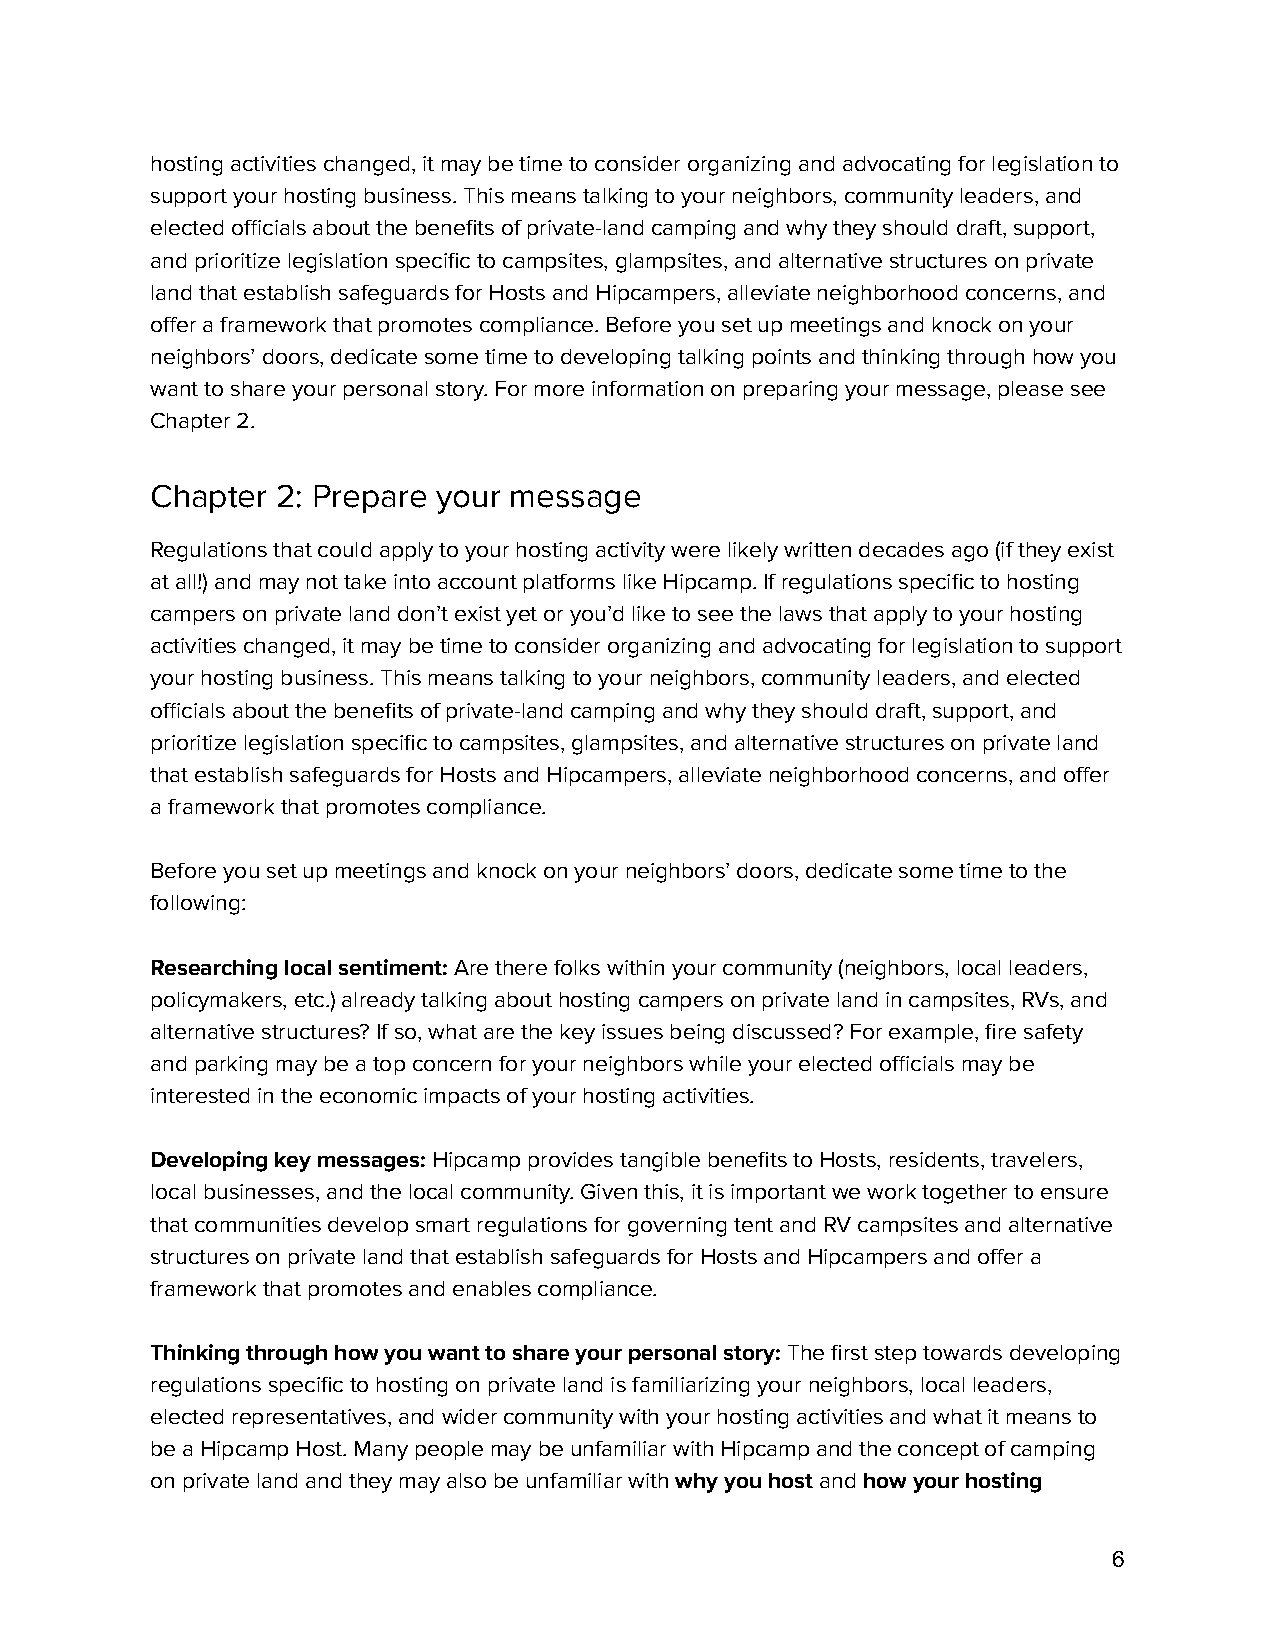
hosting activities changed, it may be time to consider organizing and advocating for legislation to
 support your hosting business. This means talking to your neighbors, community leaders, and
 elected officials about the benefits of private-land camping and why they should draft, support,
 and prioritize legislation specific tocampsites,glampsites, and alternative structures on private
 land that establish safeguards for Hosts and Hipcampers, alleviate neighborhood concerns, and
 offer a framework that promotes compliance.Beforeyou set up meetings and knock on your
 neighbors’ doors, dedicate some time to developing talking points and thinking through how you
 want to share your personal story. For more information on preparing your message, please see
 Chapter 2.
 Chapter 2: Prepare your message
 Regulations that could apply to your hosting activity were likely written decades ago (if they exist
 at all!) and may not take into account platforms like Hipcamp.If regulations specific to hosting
 campers on private land don’t exist yet or you’d like to see the laws that apply to your hosting
 activities changed, it may be time to consider organizing and advocating for legislation to support
 your hosting business. This means talking to your neighbors, community leaders, and elected
 officials about the benefits of private-land camping and why they should draft, support, and
 prioritize legislation specific tocampsites, glampsites,and alternative structures on private land
 that establish safeguards for Hosts and Hipcampers, alleviate neighborhood concerns, and offer
 a framework that promotes compliance.
 Before you set up meetings and knock on your neighbors’ doors, dedicate some time to the
 following:
 Researching local sentiment:Are there folks withinyour community (neighbors, local leaders,
 policymakers, etc.) already talking about hostingcampers on private land in campsites, RVs, and
 alternative structures? If so, what are the key issues being discussed? For example, fire safety
 and parking may be a top concern for your neighbors while your elected officials may be
 interested in the economic impacts of your hosting activities.
 Developing key messages:Hipcamp provides tangiblebenefits to Hosts, residents, travelers,
 local businesses, and the local community. Given this, it is important we work together to ensure
 that communities develop smart regulations for governing tent and RV campsites and alternative
 structures on private land that establish safeguards for Hosts and Hipcampers and offer a
 framework that promotes and enables compliance.
 Thinking through how you want to share your personal story:The first step towards developing
 regulations specific to hosting on private land is familiarizing your neighbors, local leaders,
 elected representatives, and wider community with your hosting activities and what it means to
 be a Hipcamp Host. Many people may be unfamiliar with Hipcamp and the concept of camping
 on private land and they may also be unfamiliar withwhy you hostandhow your hosting
 6